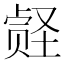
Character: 𪠀